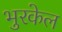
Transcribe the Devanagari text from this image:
भुरकेल